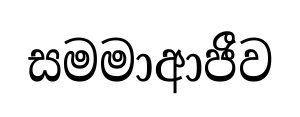
සමමාආජීව